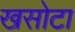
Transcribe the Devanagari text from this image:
खसोटा